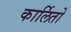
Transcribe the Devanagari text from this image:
कार्लितो